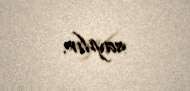
sayılır.